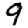
Digit: 9